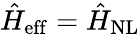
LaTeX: \hat{H}_{\mathrm{eff}}=\hat{H}_{\mathrm{NL}}